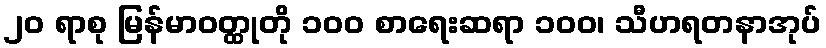
၂၀ ရာစု မြန်မာဝတ္ထုတို ၁၀၀ စာရေးဆရာ ၁၀၀၊ သီဟရတနာအုပ်